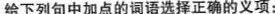
给下列句中加点的词语选择正确的义项：